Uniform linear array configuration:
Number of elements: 8
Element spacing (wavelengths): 0.5
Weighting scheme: hamming
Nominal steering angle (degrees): -45
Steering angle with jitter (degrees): -46.131
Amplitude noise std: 0.05
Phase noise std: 0.05

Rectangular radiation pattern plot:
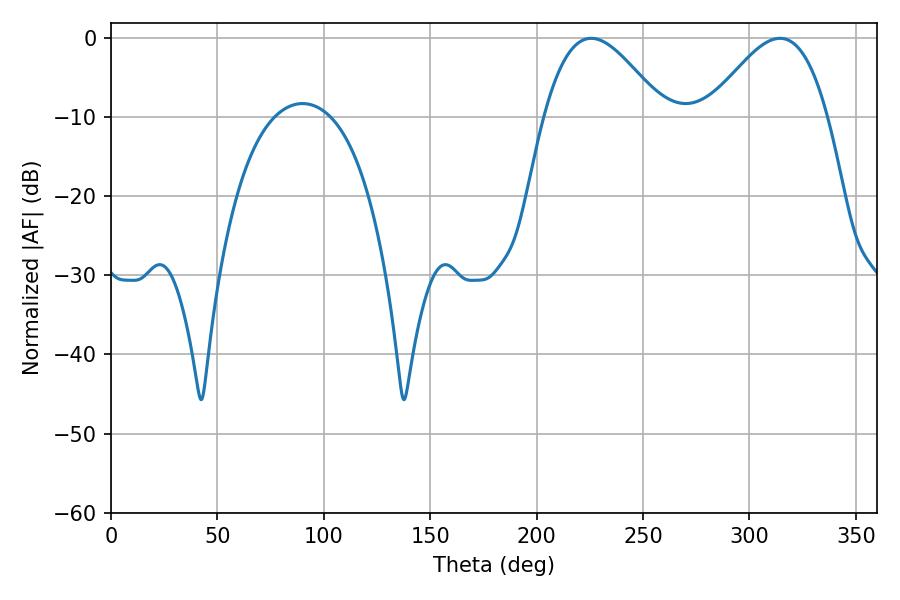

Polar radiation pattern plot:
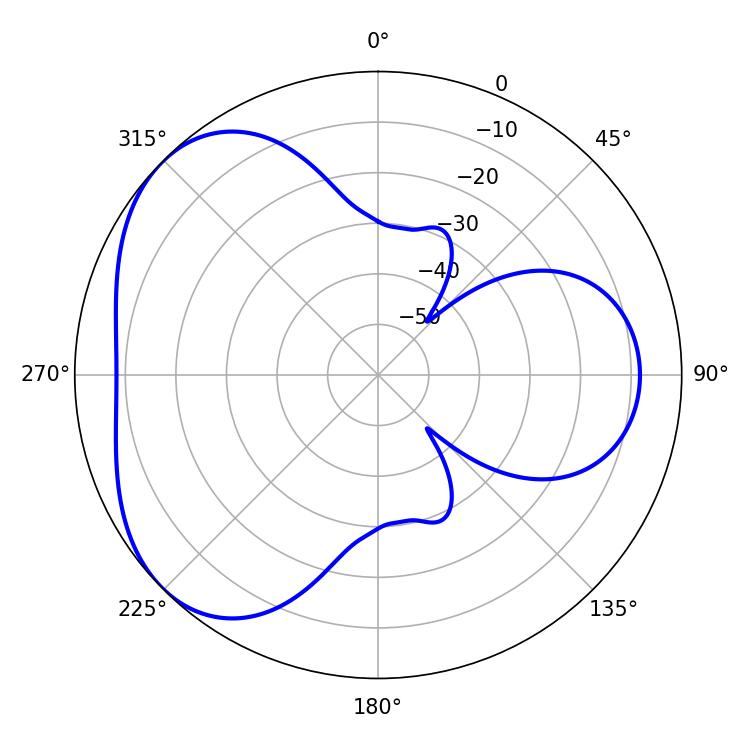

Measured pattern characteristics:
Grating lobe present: FALSE
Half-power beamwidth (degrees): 30.24
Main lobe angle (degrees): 225.72